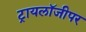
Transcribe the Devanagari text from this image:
ट्रायलॉजीपर